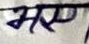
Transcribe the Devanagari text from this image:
भर